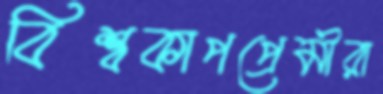
বিশ্বকাপপ্রেমীরা